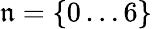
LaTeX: {\mathfrak{n}=\{ 0\dots6\} }